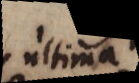
ultima